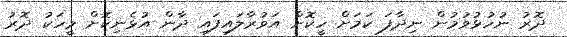
ދޮރު ނުހުޅުވުމުން ނިދާފަ ކަމަށް ހީކޮށް އަވުރާލައިފައި ދާން އުޅެނިކޮށް މީހަކު ދޮރު